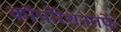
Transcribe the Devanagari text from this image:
कॉर्पोरेशनतर्फे